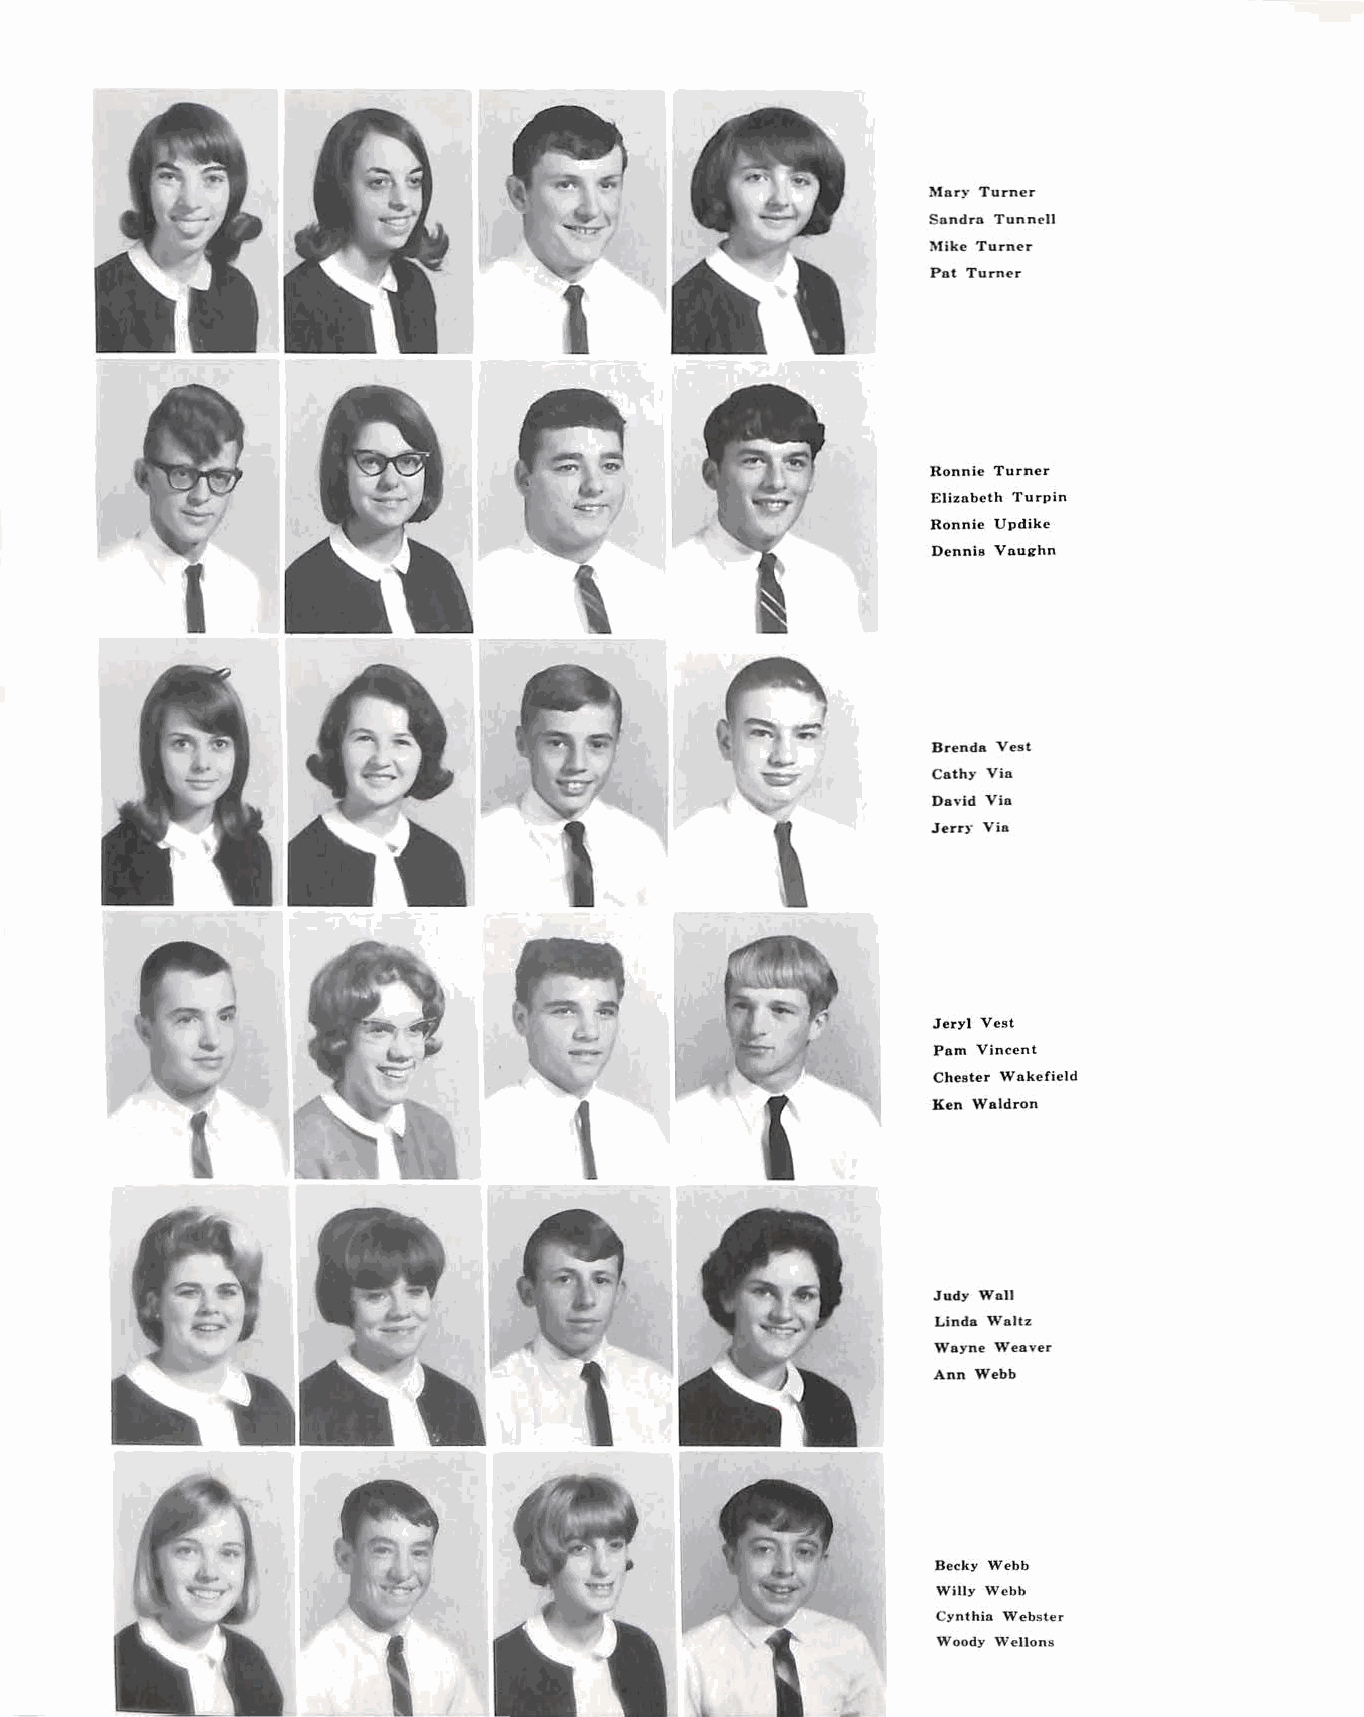
ll1nry Turner
 Snndrn Tunnell
 ll1ike Turner
 Pot Turner
 I
 Ronnie Turner
 Elizobcth Turpin
 Ronnie Updike
 Dennie Vnughn
 I
 Brenda Vest
 Cathy Via
 David Vin
 Jerry Via
 .Jeryl Vest
 Pom Vincent
 Cheater Wnkefield
 \                       Ken Waldron
 Judy Wall
 Linda Waltz
 Woyne Weaver
 Ann Webb
 Becky Webb
 Willy Webb
 Cynthia Webster
 Woody Wellons